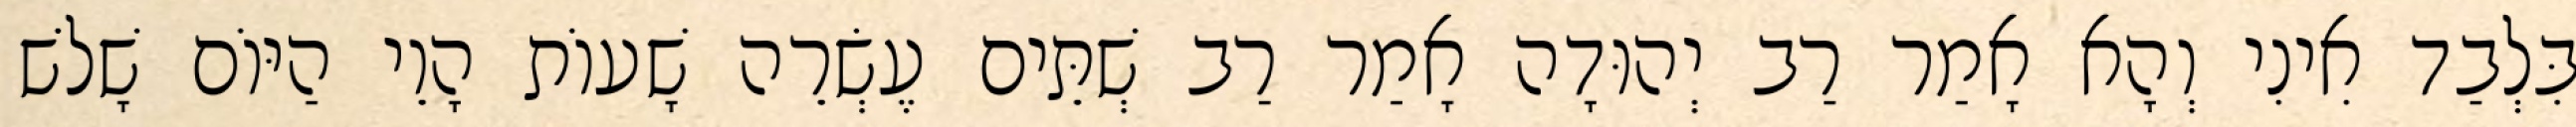
בִּלְבַד אִינִי וְהָא אָמַר רַב יְהוּדָה אָמַר רַב שְׁתֵּים עֶשְׂרֵה שָׁעוֹת הָוֵי הַיּוֹם שָׁלֹשׁ